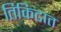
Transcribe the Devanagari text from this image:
तिकिटात